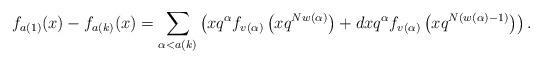
LaTeX: \begin{align*}f_{a(1)}(x) - f_{a(k)}(x) =\sum_{\alpha < a(k)} \left( xq^{\alpha} f_{v(\alpha)}\left(xq^{Nw(\alpha)}\right) + dxq^{\alpha} f_{v(\alpha)}\left(xq^{N(w(\alpha)-1)}\right)\right).\end{align*}